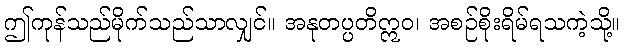
ဤကုန်သည်မိုက်သည်သာလျှင်။ အနုတပ္ပတိဣဝ၊ အစဉ်စိုးရိမ်ရသကဲ့သို့။